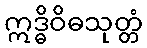
ဣဒ္ဓိဝိဓသုတ္တံ